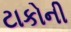
ટાકોની